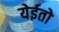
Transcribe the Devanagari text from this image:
येईतो